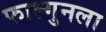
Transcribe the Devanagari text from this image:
फाल्गुनला